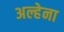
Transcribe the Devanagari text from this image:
अल्हेना